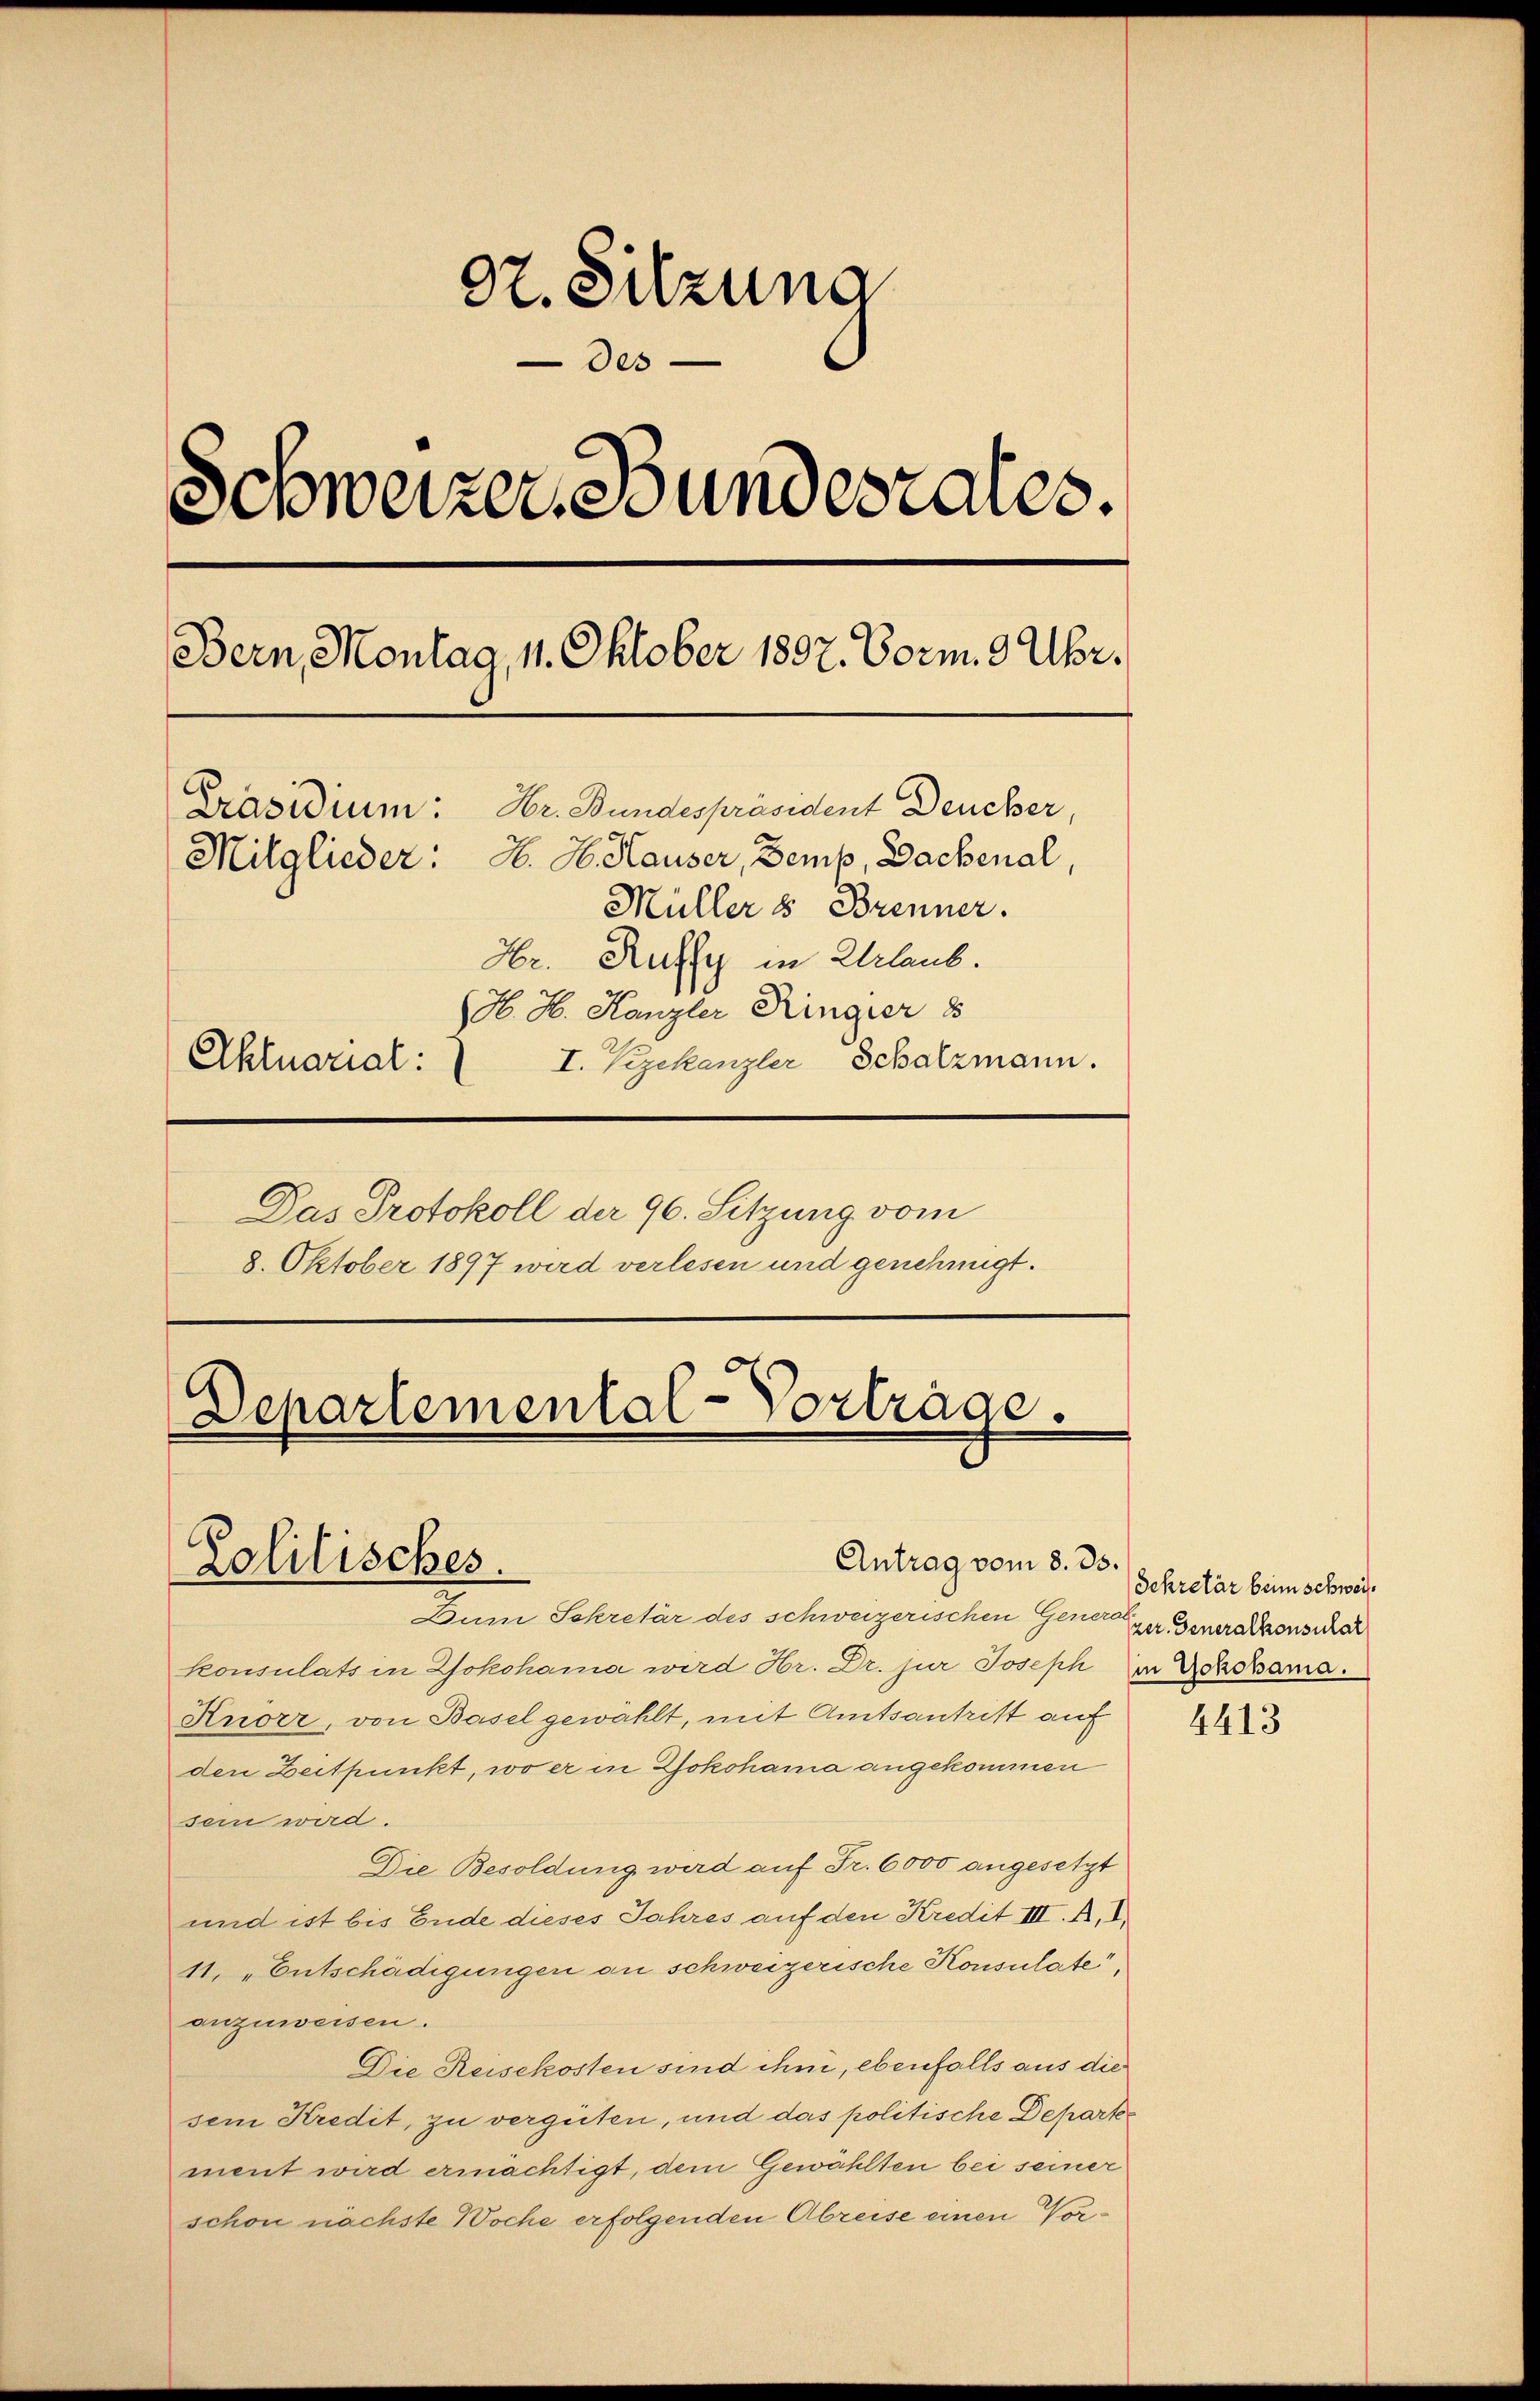
dt. Sitzung
des
d
Schweizer Stundesrates.
Bern, Montag, 11. Oktober 1897. Vorm. 3 Uhr.
Hr. Bundespräsident Deucher,
Präsidium:
Mitglieder: H. H. Hauser, Demp, Dachenal
Müller 8 Brenner.
Hr. Ruffy in Urlaub.
H. H. Kanzler Ringer 8
I. Vizekanzler Schatzmann.
Aktuarial:
Das Protokoll der 96. Sitzung vom
8. Oktober 1897 wird verlesen und genehmigt.

G
Lepartemental-Vortrage.

Dum Schretär des schweizerischen Generer Generalkonsuche
konsulats in Lokohama wird Hr. Dr. jur Joseph in Yokohama.
Knörr, von Basel gewählt, mit Amtsantritt auf
den Zeitpunkt, wo er in Yokohama angekommen
sein wird.
Die Besoldung wird auf Fr. 6000 angesetzt
und ist bis Ende dieses Jahres auf den Kredit III. R. I.
11. „Entschädigungen an schweizerische Konsulate,
anzuweisen.
Die Reisekosten sind ihm, ebenfalls aus die
sem Kredit, zu vergüten, und das politische Departes
ment wird ermächtigt, dem Gewählten bei seiner
schon nächste Woche erfolgenden Abreise einen Vor¬

Zolitisches.

Antrag vom 8. ds.

Sekretär beim schwei

4413